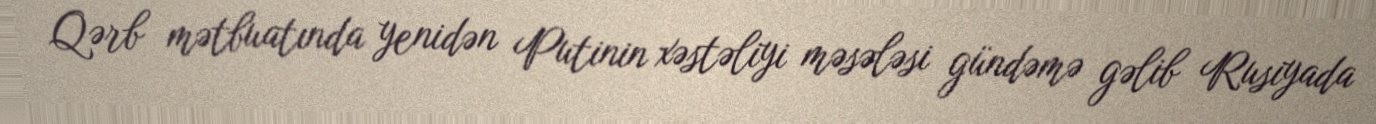
Qərb mətbuatında yenidən Putinin xəstəliyi məsələsi gündəmə gəlib Rusiyada